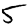
Digit: 5